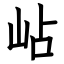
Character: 岾